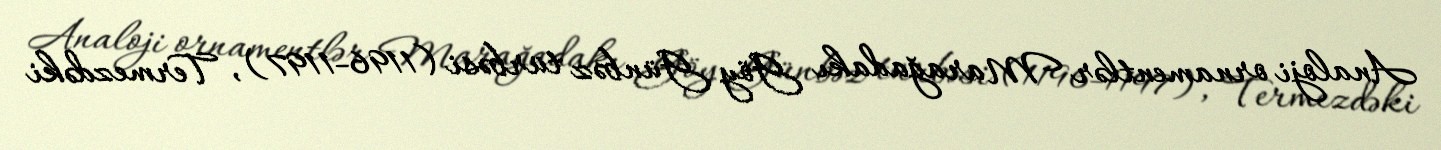
Analoji ornamentlər Marağadakı Göy Günbəz türbəsi (1196-1197), Termezdəki